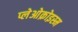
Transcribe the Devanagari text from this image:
प्लेओक्रोइस्म